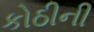
કોઠીની